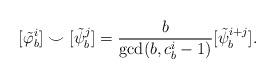
LaTeX: \begin{align*}[\tilde{\varphi}_b^i]\smile [\tilde{\psi}_b^j] = \frac{b}{\gcd(b,c_b^i-1)}[\tilde{\psi}_b^{i+j}].\end{align*}